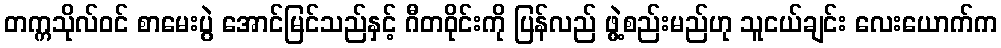
တက္ကသိုလ်ဝင် စာမေးပွဲ အောင်မြင်သည်နှင့် ဂီတဝိုင်းကို ပြန်လည် ဖွဲ့စည်းမည်ဟု သူငယ်ချင်း လေးယောက်က